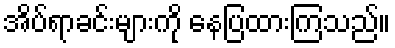
အိပ်ရာခင်းများကို နေပြထားကြသည်။